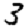
Digit: 3